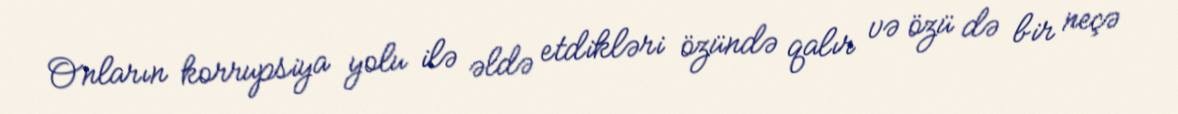
Onların korrupsiya yolu ilə əldə etdikləri özündə qalır və özü də bir neçə